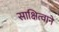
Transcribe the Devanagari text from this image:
साक्षित्वाने